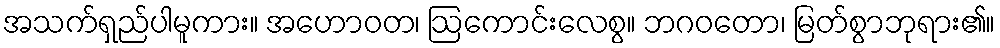
အသက်ရှည်ပါမူကား။ အဟောဝတ၊ ဩကောင်းလေစွ။ ဘဂဝတော၊ မြတ်စွာဘုရား၏။